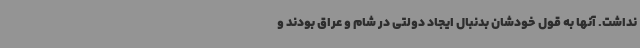
نداشت. آنها به قول خودشان بدنبال ایجاد دولتی در شام و عراق بودند و